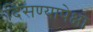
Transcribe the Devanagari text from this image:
दिसण्यापेक्षा